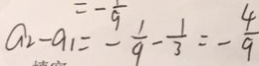
a _ { 2 } - a _ { 1 } = - \frac { 1 } { 9 } - \frac { 1 } { 3 } = - \frac { 4 } { 9 }